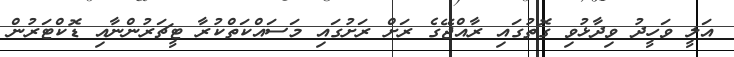
އަލީ ވަހީދު ވިދާޅުވި ގޮތުގައި ރާއްޖޭގެ ރަަށް ރަށުގައި މަސައްކަތްކުރާ ޓީޗަރުންނާއި ޑޮކްޓަރުން